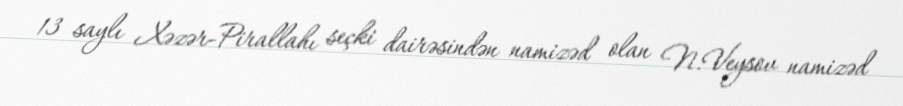
13 saylı Xəzər-Pirallahı seçki dairəsindən namizəd olan N.Veysov namizəd